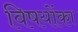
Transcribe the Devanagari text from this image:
विषयोंका